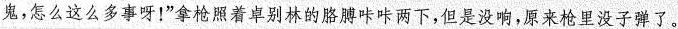
鬼，怎么这么多事呀！”拿枪照着卓别林的胳膊咔咔两下，但是没响，原来枪里没子弹了。